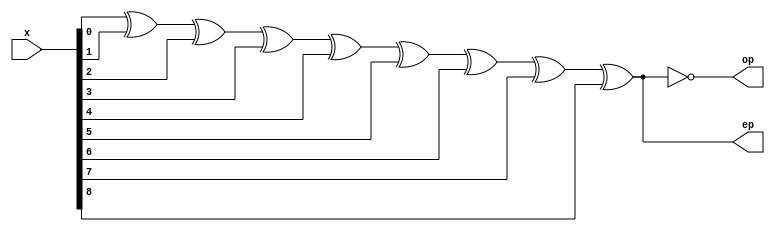
module parity_gen_9b_behavioral(
    input   wire [8:0]  x,
    output  reg         ep,
    output  reg         op
    );
    
    always @(*) begin
        ep = x[0] ^ x[1] ^ x[2] ^ x[3] ^ x[4] ^ x[5] ^ x[6] ^ x[7] ^ x[8];
        // ep = ^x;
        
        op = ~ep;
    end
    
endmodule